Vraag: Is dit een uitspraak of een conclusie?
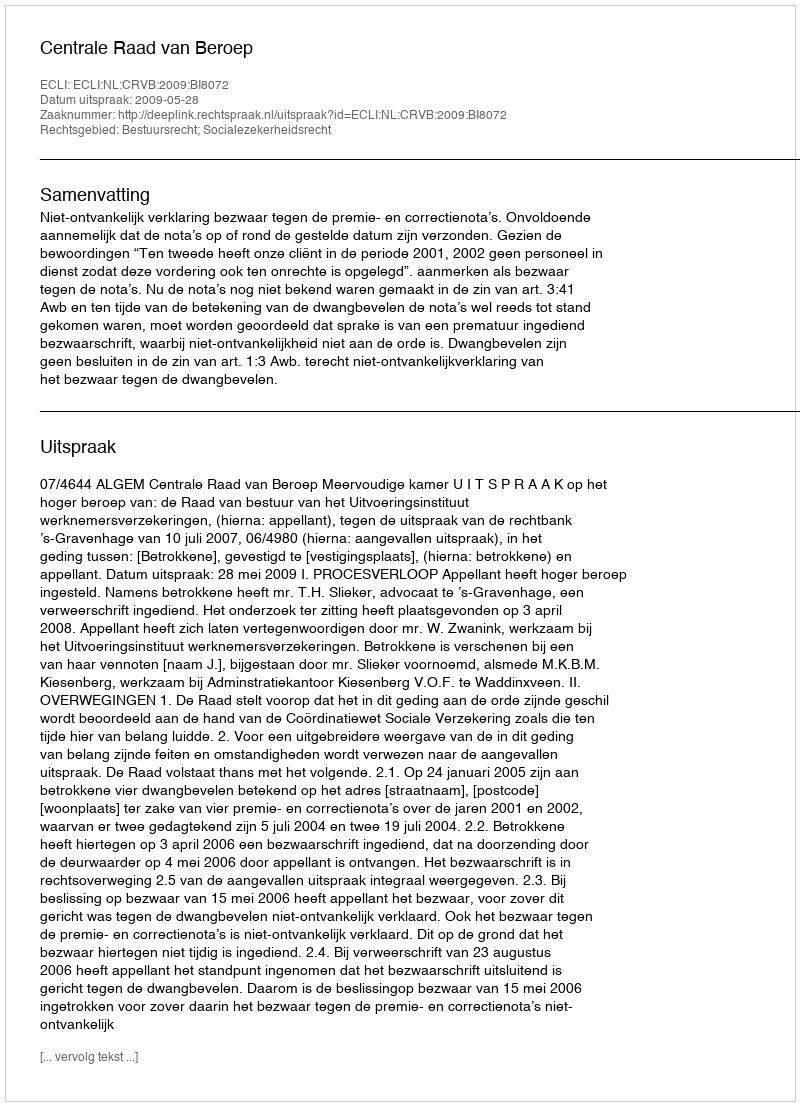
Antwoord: Uitspraak